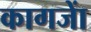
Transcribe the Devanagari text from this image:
कागजाें